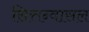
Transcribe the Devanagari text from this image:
सित्तन्वासल